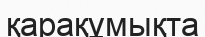
қарақұмықта